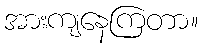
အားကျနေကြတာ။